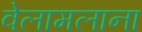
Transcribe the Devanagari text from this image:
वेलामलाना